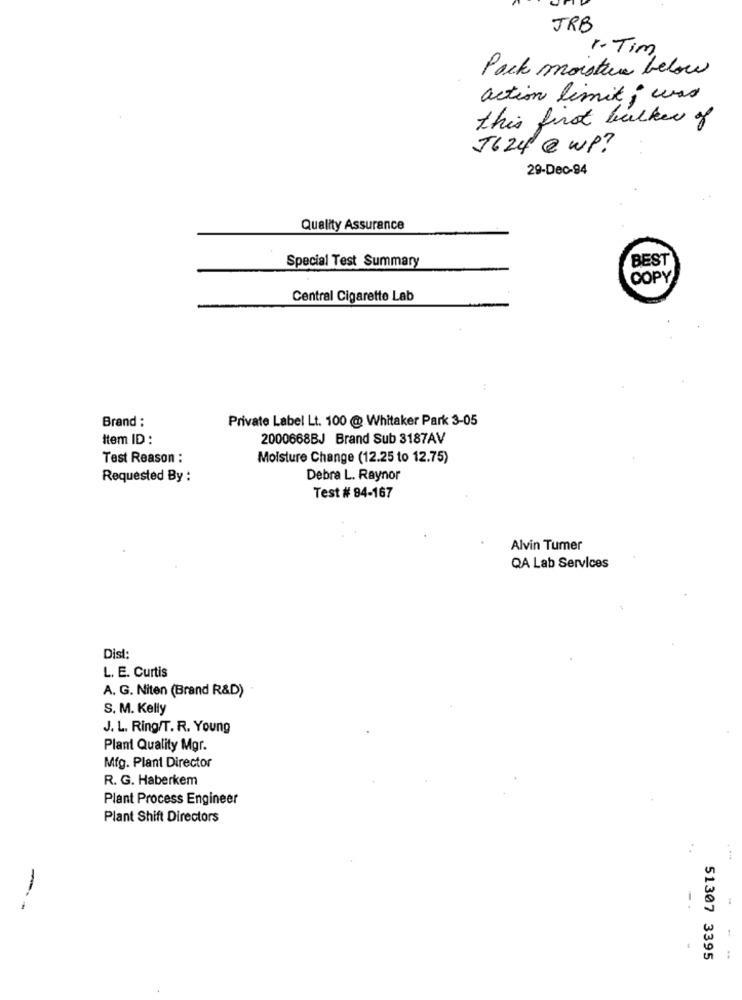
JRB
1. Tim
Pack moistin below
action limit ; was
this first bulker of
J624 @ WP?
29-Dec-94
Quality Assurance
Special Test Summary
BEST
COPY
Central Cigarette Lab
Brand :
Private Label Lt. 100 @ Whitaker Park 3-05
Item ID :
2000668BJ Brand Sub 3187AV
Test Reason :
Moisture Change (12.25 to 12.75)
Requested By :
Debra L. Raynor
Test # 84-167
Alvin Tumer
QA Lab Services
Dist:
L. E. Curtis
A. G. Niten (Brand R&D)
S. M. Kelly
J. L. Ring/T. R. Young
Plant Quality Mgr.
Mfg. Plant Director
R. G. Haberkem
Plant Process Engineer
Plant Shift Directors
.
--
51307 3395
--